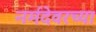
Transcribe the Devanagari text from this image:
नर्मदेवरच्या